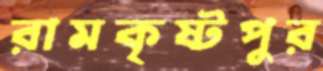
রামকৃষ্টপুর